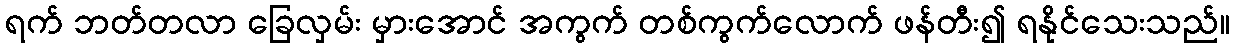
ရက် ဘတ်တလာ ခြေလှမ်း မှားအောင် အကွက် တစ်ကွက်လောက် ဖန်တီး၍ ရနိုင်သေးသည်။